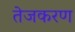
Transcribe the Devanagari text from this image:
तेजकरण